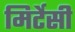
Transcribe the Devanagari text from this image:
मिर्टेसी